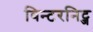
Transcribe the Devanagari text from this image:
विन्टरनिट्ज